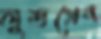
লুন্ডগ্রেন